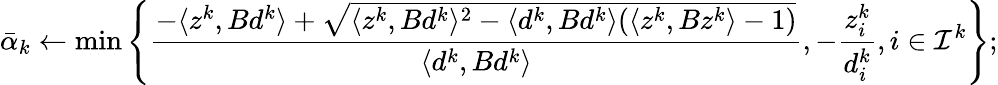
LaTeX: \bar{\alpha}_{k}\leftarrow\operatorname*{min}\left\{ \frac{-\langle z^{k},Bd^{k}\rangle+\sqrt{\langle z^{k},Bd^{k}\rangle^{2}-\langle d^{k},Bd^{k}\rangle(\langle z^{k},Bz^{k}\rangle-1)}}{\langle d^{k},Bd^{k}\rangle},-\frac{z_{i}^{k}}{d_{i}^{k}},i\in\mathcal{I}^{k}\right\} ;